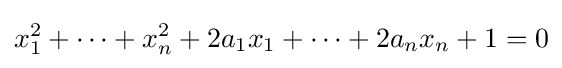
x_{1}^{2}+\cdots +x_{n}^{2}+2a_{1}x_{1}+\cdots +2a_{n}x_{n}+1=0